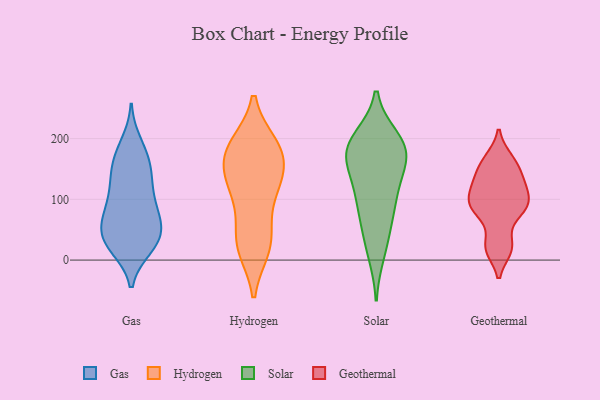
{"axis": {"x": "Energy Usage (MWh)", "y": "Value"}, "legend": ["Gas", "Geothermal", "Hydrogen", "Solar"], "data": [{"x": "", "y": 153, "type": "Gas"}, {"x": "", "y": 56, "type": "Gas"}, {"x": "", "y": 56, "type": "Gas"}, {"x": "", "y": 41, "type": "Gas"}, {"x": "", "y": 78, "type": "Gas"}, {"x": "", "y": 97, "type": "Gas"}, {"x": "", "y": 132, "type": "Gas"}, {"x": "", "y": 177, "type": "Gas"}, {"x": "", "y": 28, "type": "Gas"}, {"x": "", "y": 63, "type": "Gas"}, {"x": "", "y": 21, "type": "Gas"}, {"x": "", "y": 85, "type": "Gas"}, {"x": "", "y": 130, "type": "Gas"}, {"x": "", "y": 170, "type": "Gas"}, {"x": "", "y": 97, "type": "Gas"}, {"x": "", "y": 25, "type": "Gas"}, {"x": "", "y": 192, "type": "Gas"}, {"x": "", "y": 38, "type": "Gas"}, {"x": "", "y": 25, "type": "Gas"}, {"x": "", "y": 142, "type": "Gas"}, {"x": "", "y": 177, "type": "Hydrogen"}, {"x": "", "y": 189, "type": "Hydrogen"}, {"x": "", "y": 187, "type": "Hydrogen"}, {"x": "", "y": 129, "type": "Hydrogen"}, {"x": "", "y": 168, "type": "Hydrogen"}, {"x": "", "y": 94, "type": "Hydrogen"}, {"x": "", "y": 128, "type": "Hydrogen"}, {"x": "", "y": 21, "type": "Hydrogen"}, {"x": "", "y": 121, "type": "Hydrogen"}, {"x": "", "y": 20, "type": "Hydrogen"}, {"x": "", "y": 29, "type": "Hydrogen"}, {"x": "", "y": 187, "type": "Hydrogen"}, {"x": "", "y": 150, "type": "Hydrogen"}, {"x": "", "y": 43, "type": "Hydrogen"}, {"x": "", "y": 90, "type": "Solar"}, {"x": "", "y": 180, "type": "Solar"}, {"x": "", "y": 164, "type": "Solar"}, {"x": "", "y": 75, "type": "Solar"}, {"x": "", "y": 119, "type": "Solar"}, {"x": "", "y": 188, "type": "Solar"}, {"x": "", "y": 40, "type": "Solar"}, {"x": "", "y": 114, "type": "Solar"}, {"x": "", "y": 192, "type": "Solar"}, {"x": "", "y": 163, "type": "Solar"}, {"x": "", "y": 12, "type": "Solar"}, {"x": "", "y": 176, "type": "Solar"}, {"x": "", "y": 199, "type": "Solar"}, {"x": "", "y": 131, "type": "Geothermal"}, {"x": "", "y": 23, "type": "Geothermal"}, {"x": "", "y": 105, "type": "Geothermal"}, {"x": "", "y": 19, "type": "Geothermal"}, {"x": "", "y": 82, "type": "Geothermal"}, {"x": "", "y": 86, "type": "Geothermal"}, {"x": "", "y": 166, "type": "Geothermal"}, {"x": "", "y": 122, "type": "Geothermal"}, {"x": "", "y": 154, "type": "Geothermal"}, {"x": "", "y": 88, "type": "Geothermal"}]}